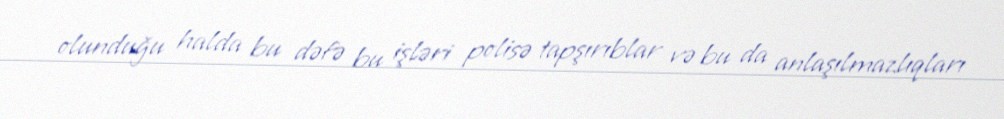
olunduğu halda bu dəfə bu işləri polisə tapşırıblar və bu da anlaşılmazlıqları